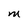
Character: M